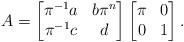
LaTeX: \begin{align*} A = \begin{bmatrix} \pi^{-1}a & b\pi^n \\ \pi^{-1}c & d \end{bmatrix} \begin{bmatrix} \pi & 0 \\ 0 & 1 \end{bmatrix}. \end{align*}